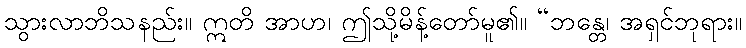
သွားလာဘိသနည်း။ ဣတိ အာဟ၊ ဤသို့မိန့်တော်မူ၏။ “ဘန္တေ၊ အရှင်ဘုရား။